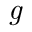
\mathrm { ~ \it ~ { ~ g ~ } ~ }